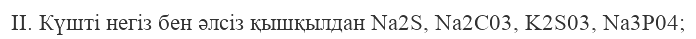
ІІ. Күшті негіз бен әлсіз қышқылдан Na2S, Na2C03, K2S03, Na3P04;